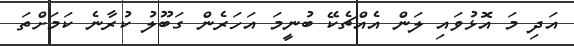
އަދި މަ އޮޅުވައި ލަން އެއްޗެކޭ ބުނީމަ އަހަރެން ގަބޫލު ކުރާނެ ކަމަށްތަ